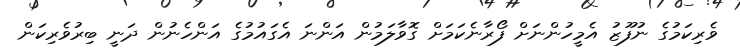
ވެރިކަމުގެ ނުފޫޒު އެމީހުންނަށް ފޯރާނެކަމަށް ގޮވާލަމުން އަންނަ އެގައުމުގެ އަންހެނުން ދަނީ ބިރުވެރިކަން